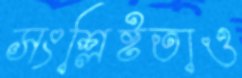
সংশ্লিষ্টতাও